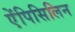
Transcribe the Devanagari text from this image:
ऐंपिसिलिन